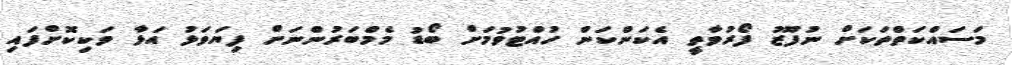
މަސައްކަތްތަކަށް ނުފޫޒު ފޯރުވާތީ އެކަންކަން ހުއްޓުވުމަށް ބޯޑު މެމްބަރުންނަށް ފިޔަވަޅު އަޅާ ވަކިކޮށްފައި